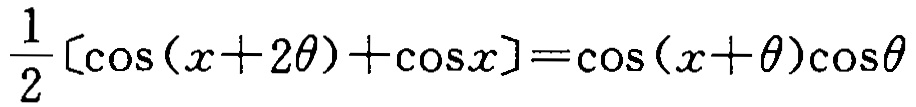
$\frac{1}{2}[\cos(x + 2\theta)+\cos x]=\cos(x + \theta)\cos\theta$